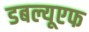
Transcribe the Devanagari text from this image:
डबल्यूएफ